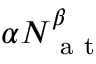
\alpha N _ { \mathrm { ~ a ~ t ~ } } ^ { \beta }